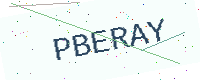
Text: PBERAY